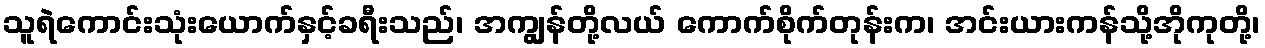
သူရဲကောင်းသုံးယောက်နှင့်ခရီးသည်၊ အကျွန်တို့လယ် ကောက်စိုက်တုန်းက၊ အင်းယားကန်သို့အိုကုတို့၊